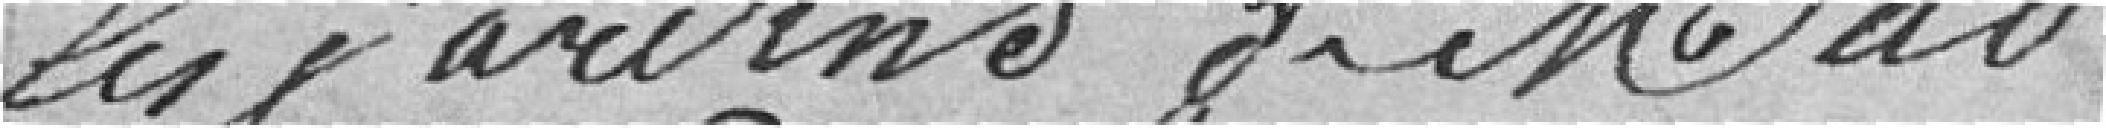
les jardins de Madame